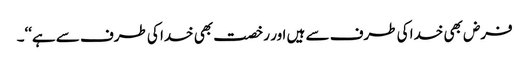
فرض بھی خدا کی طرف سے ہیں اور رخصت بھی خدا کی طرف سے ہے‘‘۔